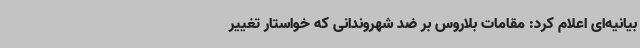
بیانیه‌ای اعلام کرد: مقامات بلاروس بر ضد شهروندانی که خواستار تغییر